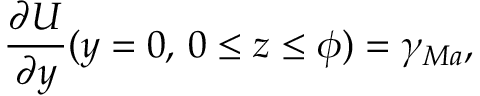
\frac { \partial U } { \partial y } ( y = 0 , \, 0 \leq z \leq \phi ) = \gamma _ { M a } ,